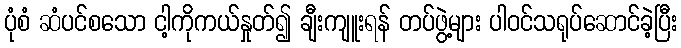
ပုံစံ ဆံပင်စသော ငါ့ကိုကယ်နှုတ်၍ ချီးကျူးရန် တပ်ဖွဲ့များ ပါဝင်သရုပ်ဆောင်ခဲ့ပြီး